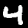
Label: 4